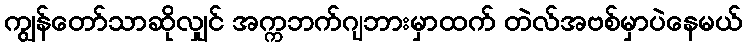
ကျွန်တော်သာဆိုလျှင် အက္ကဘက်ဂျဘားမှာထက် တဲလ်အဗစ်မှာပဲနေမယ်